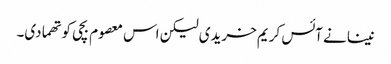
نینا نے آئس کریم خریدی لیکن اس معصوم بچی کو تھما دی۔